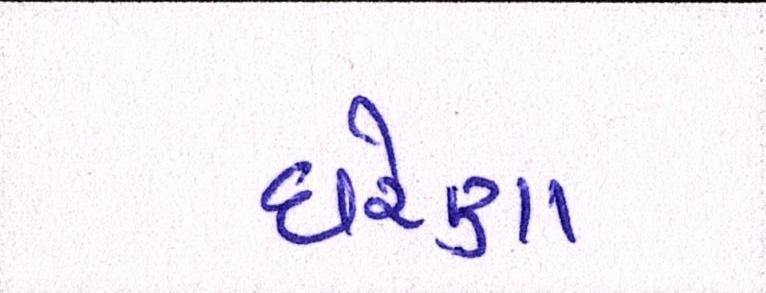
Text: ઘરેણા